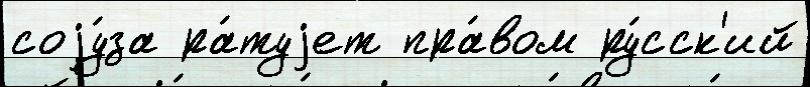
соjу́за ра́туjет пра́вом ру́сск'ий